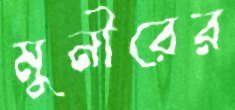
মুনীরের